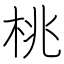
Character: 桃